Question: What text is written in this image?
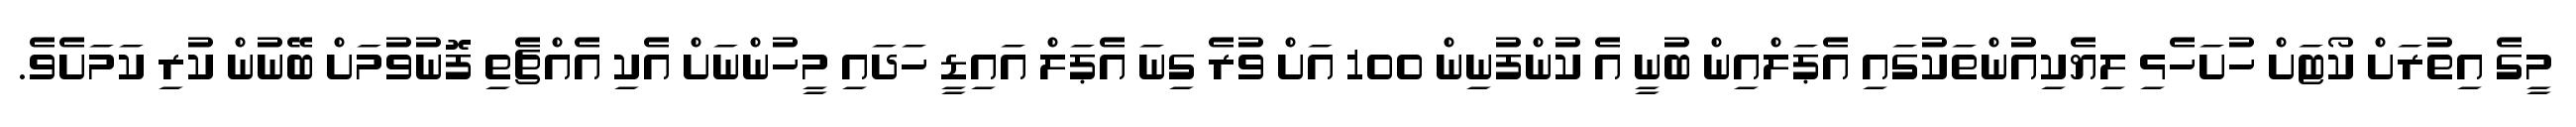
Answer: މީގެ އިތުރަށް ކޯޓަށް ހުށަހެޅި ލިޔެކިއުންތަކުގައި އެޕަލްއިން ބުނީ އެ ކުންފުނިން 100 އަށް ވުރެ ގިނަ އެޕަލް އައިޑީ ހަދައި މީހުންނަށް އެކި އެއްޗެތި ފޮނުވުމަށް ބޭނުން ކުރި ކަމަށެވެ.